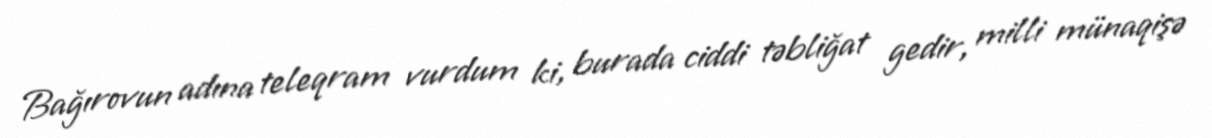
Bağırovun adına teleqram vurdum ki, burada ciddi təbliğat gedir, milli münaqişə